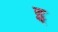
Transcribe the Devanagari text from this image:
इ